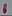
Text: 1